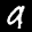
Label: 9